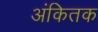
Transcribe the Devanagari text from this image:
अंकितक